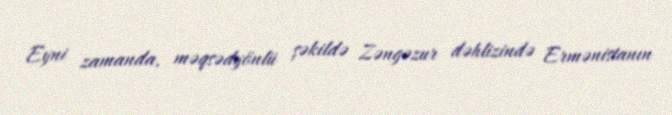
Eyni zamanda, məqsədyönlü şəkildə Zəngəzur dəhlizində Ermənistanın